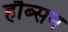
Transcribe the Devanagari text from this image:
हौब्सन